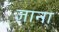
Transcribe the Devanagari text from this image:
ज्ञाना